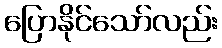
ပြောနိုင်သော်လည်း